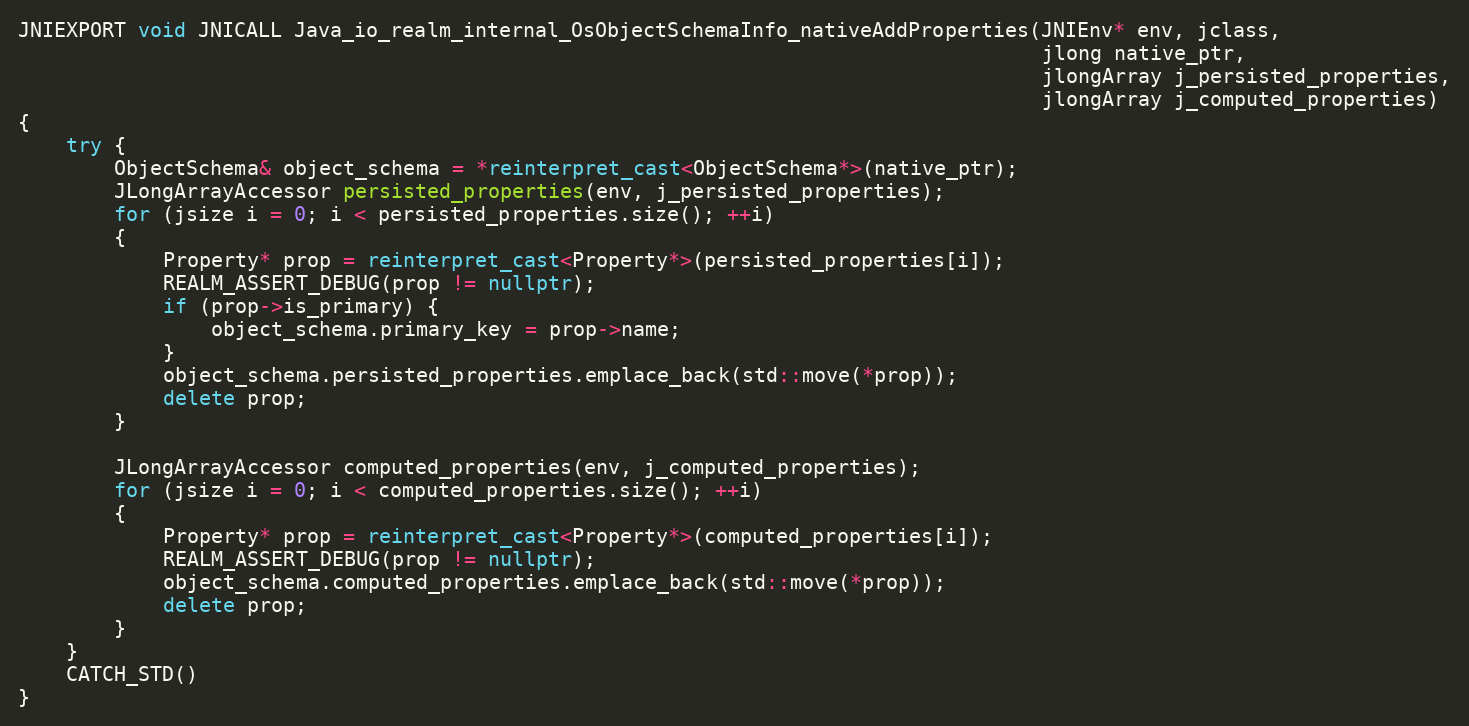
Language: C++
JNIEXPORT void JNICALL Java_io_realm_internal_OsObjectSchemaInfo_nativeAddProperties(JNIEnv* env, jclass,
                                                                                     jlong native_ptr,
                                                                                     jlongArray j_persisted_properties,
                                                                                     jlongArray j_computed_properties)
{
    try {
        ObjectSchema& object_schema = *reinterpret_cast<ObjectSchema*>(native_ptr);
        JLongArrayAccessor persisted_properties(env, j_persisted_properties);
        for (jsize i = 0; i < persisted_properties.size(); ++i)
        {
            Property* prop = reinterpret_cast<Property*>(persisted_properties[i]);
            REALM_ASSERT_DEBUG(prop != nullptr);
            if (prop->is_primary) {
                object_schema.primary_key = prop->name;
            }
            object_schema.persisted_properties.emplace_back(std::move(*prop));
            delete prop;
        }

        JLongArrayAccessor computed_properties(env, j_computed_properties);
        for (jsize i = 0; i < computed_properties.size(); ++i)
        {
            Property* prop = reinterpret_cast<Property*>(computed_properties[i]);
            REALM_ASSERT_DEBUG(prop != nullptr);
            object_schema.computed_properties.emplace_back(std::move(*prop));
            delete prop;
        }
    }
    CATCH_STD()
}